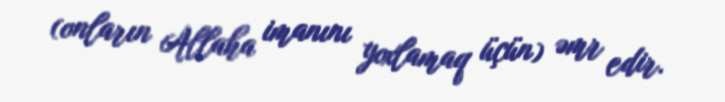
(onların Allaha imanını yoxlamaq üçün) əmr edir.